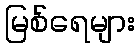
မြစ်ရေများ